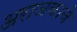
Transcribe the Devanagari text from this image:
अराजकाचे